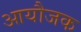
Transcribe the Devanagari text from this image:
आयौजक